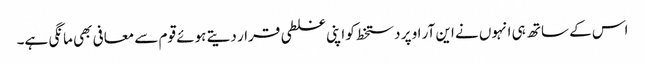
اس کے ساتھ ہی انہوں نے این آر او پر دستخط کو اپنی غلطی قرار دیتے ہوئے قوم سے معافی بھی مانگی ہے۔